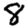
Digit: 8